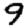
Digit: 9